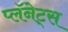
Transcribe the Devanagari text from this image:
प्लॅनेट्स